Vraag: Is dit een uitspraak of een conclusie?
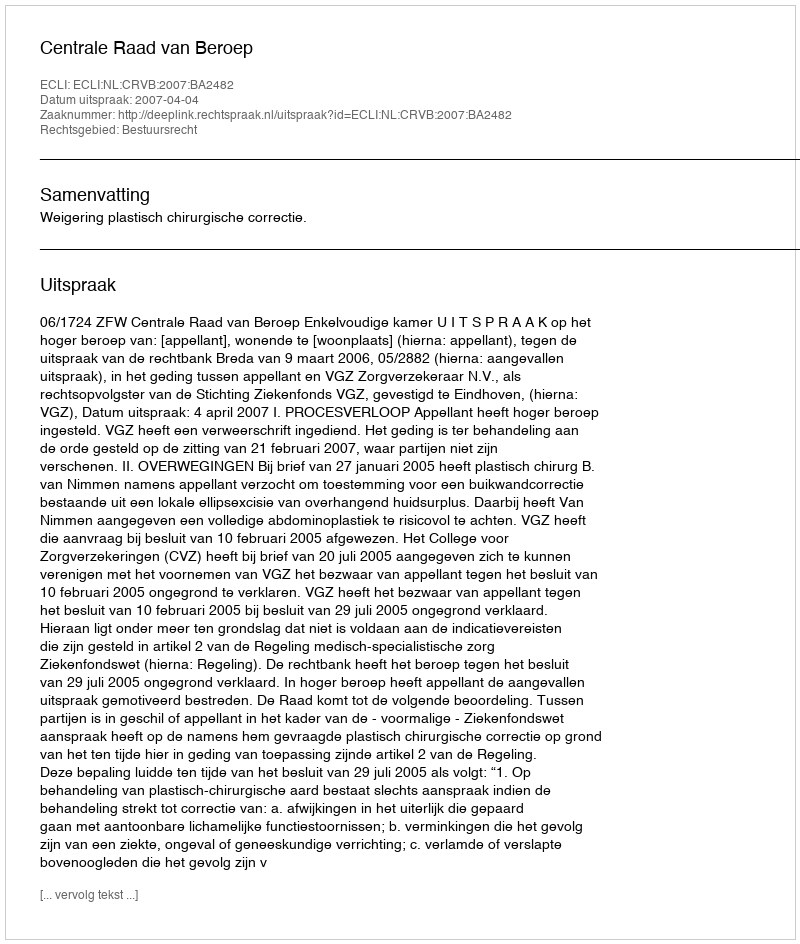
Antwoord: Uitspraak